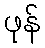
ဖုန်